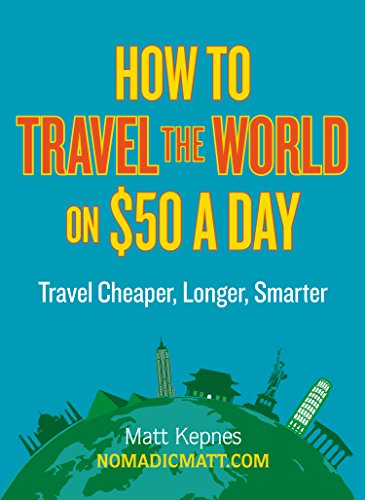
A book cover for How to Travel the World on $50 a Day: Travel Cheaper, Longer, Smarter; Matt Kepnes; Travel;